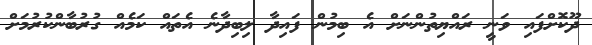
ދޫކޮށްފައި ވަނީ ރައްޔިތުންނަށް އެ ބިމުން ފައިދާ ލިބިދާނެ އެތައް ކަމެއް ގުރުބާންކުރުމަށް